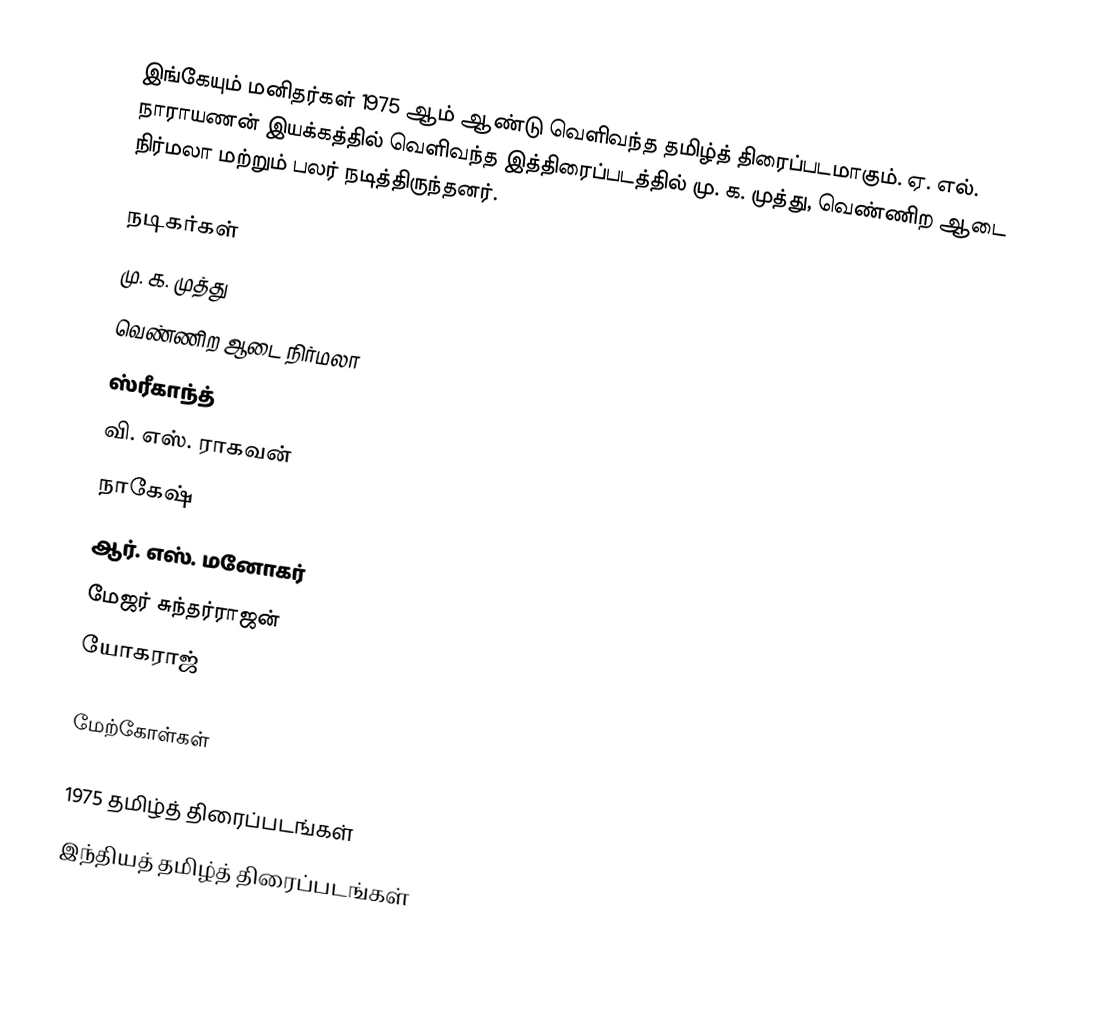
இங்கேயும் மனிதர்கள் 1975 ஆம் ஆண்டு வெளிவந்த தமிழ்த் திரைப்படமாகும். ஏ. எல். நாராயணன் இயக்கத்தில் வெளிவந்த இத்திரைப்படத்தில் மு. க. முத்து, வெண்ணிற ஆடை நிர்மலா மற்றும் பலர் நடித்திருந்தனர்.

நடிகர்கள்
 மு. க. முத்து
 வெண்ணிற ஆடை நிர்மலா
 ஸ்ரீகாந்த்
 வி. எஸ். ராகவன்
 நாகேஷ்
 ஆர். எஸ். மனோகர்
 மேஜர் சுந்தர்ராஜன்
 யோகராஜ்

மேற்கோள்கள்

1975 தமிழ்த் திரைப்படங்கள்
இந்தியத் தமிழ்த் திரைப்படங்கள்